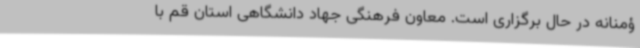
ؤمنانه در حال برگزاری است. معاون فرهنگی جهاد دانشگاهی استان قم با